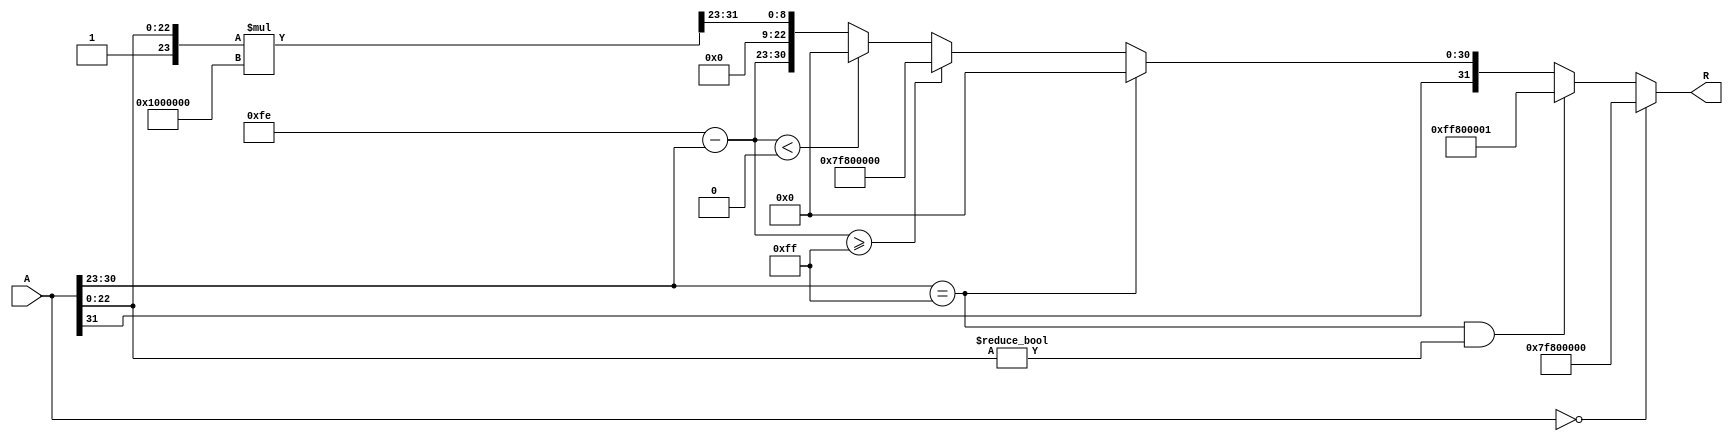
module floating_point_reciprocal (
    input  wire [31:0] A,    // Input: 32-bit IEEE 754 floating-point number
    output reg  [31:0] R     // Output: 32-bit IEEE 754 floating-point reciprocal
);

    // Constants
    localparam BIAS = 8'd127;
    localparam EXPONENT_BITS = 8;
    localparam MANTISSA_BITS = 23;
    localparam EXPONENT_MAX = 8'd255;

    // Internal signals
    wire sign;
    wire [EXPONENT_BITS-1:0] exponent;
    wire [MANTISSA_BITS-1:0] mantissa;
    
    reg [EXPONENT_BITS-1:0] reciprocal_exponent;
    reg [MANTISSA_BITS:0] reciprocal_mantissa; // 24 bits for rounding
    reg [31:0] temp_R;

    // Decompose input A
    assign sign = A[31];
    assign exponent = A[30:23];
    assign mantissa = A[22:0];

    always @(*) begin
        // Default output
        R = 32'b0;

        // Handle special cases
        if (A == 32'b0) begin
            // If input is zero, output should be infinity
            R = {1'b0, 8'b11111111, 23'b0}; // +Infinity
        end else if (exponent == 8'b11111111 && mantissa != 23'b0) begin
            // If input is NaN, output should also be NaN
            R = {1'b1, 8'b11111111, 23'b1}; // NaN
        end else if (exponent == 8'b11111111) begin
            // If input is infinity, output should be zero
            R = {sign, 8'b0, 23'b0}; // +0 or -0
        end else begin
            // Normal case: Calculate the reciprocal
            // Calculate the exponent of the reciprocal
            reciprocal_exponent = BIAS + BIAS - exponent;

            // Calculate the mantissa of the reciprocal
            // Normalize the mantissa
            reciprocal_mantissa = {1'b1, mantissa}; // Implicit leading 1 for normalized numbers

            // Perform Newton-Raphson iteration or a simple approximation
            // Here we use a simple approximation for demonstration purposes
            // You can replace this with a more accurate method if needed
            reciprocal_mantissa = (reciprocal_mantissa * (1 << 24)) >> 23; // Scale and shift

            // Rounding logic (simple rounding)
            if (reciprocal_mantissa[23]) begin
                reciprocal_mantissa = reciprocal_mantissa + 1'b1; // Round up if the 24th bit is set
            end

            // Check for overflow and underflow in mantissa
            if (reciprocal_exponent >= EXPONENT_MAX) begin
                // Overflow case
                R = {sign, 8'b11111111, 23'b0}; // +Infinity or -Infinity
            end else if (reciprocal_exponent < 8'b0) begin
                // Underflow case
                R = {sign, 8'b0, 23'b0}; // +0 or -0
            end else begin
                // Construct the final output
                R = {sign, reciprocal_exponent, reciprocal_mantissa[MANTISSA_BITS-1:0]};
            end
        end
    end

endmodule